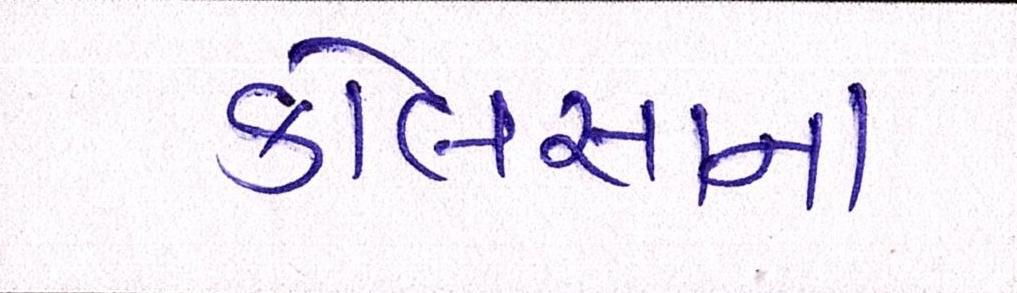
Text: કોલસાના